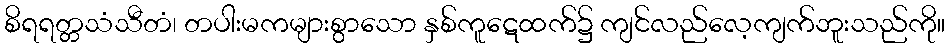
စိရရတ္တသံသီတံ၊ တပါးမကများစွာသော နှစ်ကူဋေထက်၌ ကျင်လည်လေ့ကျက်ဘူးသည်ကို။